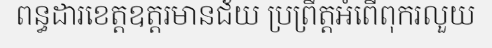
ពន្ធដារខេត្តឧត្តរមានជ័យ ប្រព្រឹត្តអំពើពុករលួយ